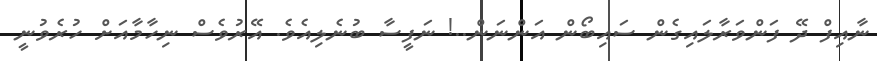
ނާއިފް ދޭ ފަންވަރާލައިގެން ސައިބޯން އަންނަން..! ނަފީސާ ބުނެލިއެވެ. އޭރުވެސް ނިހާމާއަށް ހުރެވުނީ